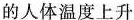
的人体温度上升